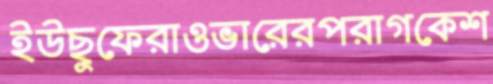
ইউছুফেরাওভারেরপরাগকেশ